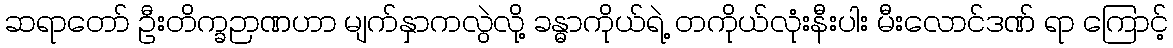
ဆရာတော် ဦးတိက္ခဉာဏဟာ မျက်နှာကလွဲလို့ ခန္ဓာကိုယ်ရဲ့ တကိုယ်လုံးနီးပါး မီးလောင်ဒဏ် ရာ ကြောင့်